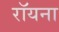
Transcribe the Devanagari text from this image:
रॉयना